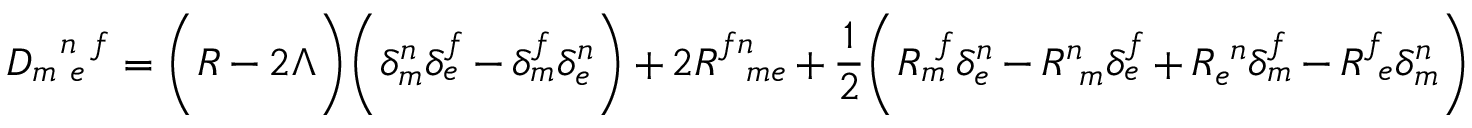
D _ { m ~ e } ^ { ~ ~ n ~ f } = \biggl ( R - 2 \Lambda \biggr ) \biggl ( \delta _ { m } ^ { n } \delta _ { e } ^ { f } - \delta _ { m } ^ { f } \delta _ { e } ^ { n } \biggr ) + 2 R _ { ~ ~ m e } ^ { f n } + \frac { 1 } { 2 } \biggl ( R _ { m } ^ { ~ f } \delta _ { e } ^ { n } - R _ { ~ m } ^ { n } \delta _ { e } ^ { f } + R _ { e } ^ { ~ n } \delta _ { m } ^ { f } - R _ { ~ e } ^ { f } \delta _ { m } ^ { n } \biggr )